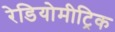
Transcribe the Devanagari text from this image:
रेडियोमीट्रिक